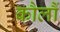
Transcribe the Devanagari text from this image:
कौलौं